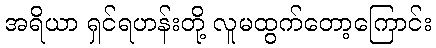
အရိယာ ရှင်ရဟန်းတို့ လူမထွက်တော့ကြောင်း